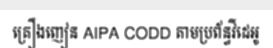
គ្រឿងញៀន AIPA CODD តាមប្រព័ន្ធវីដេអូ